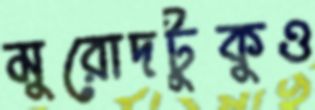
মুরোদটুকুও